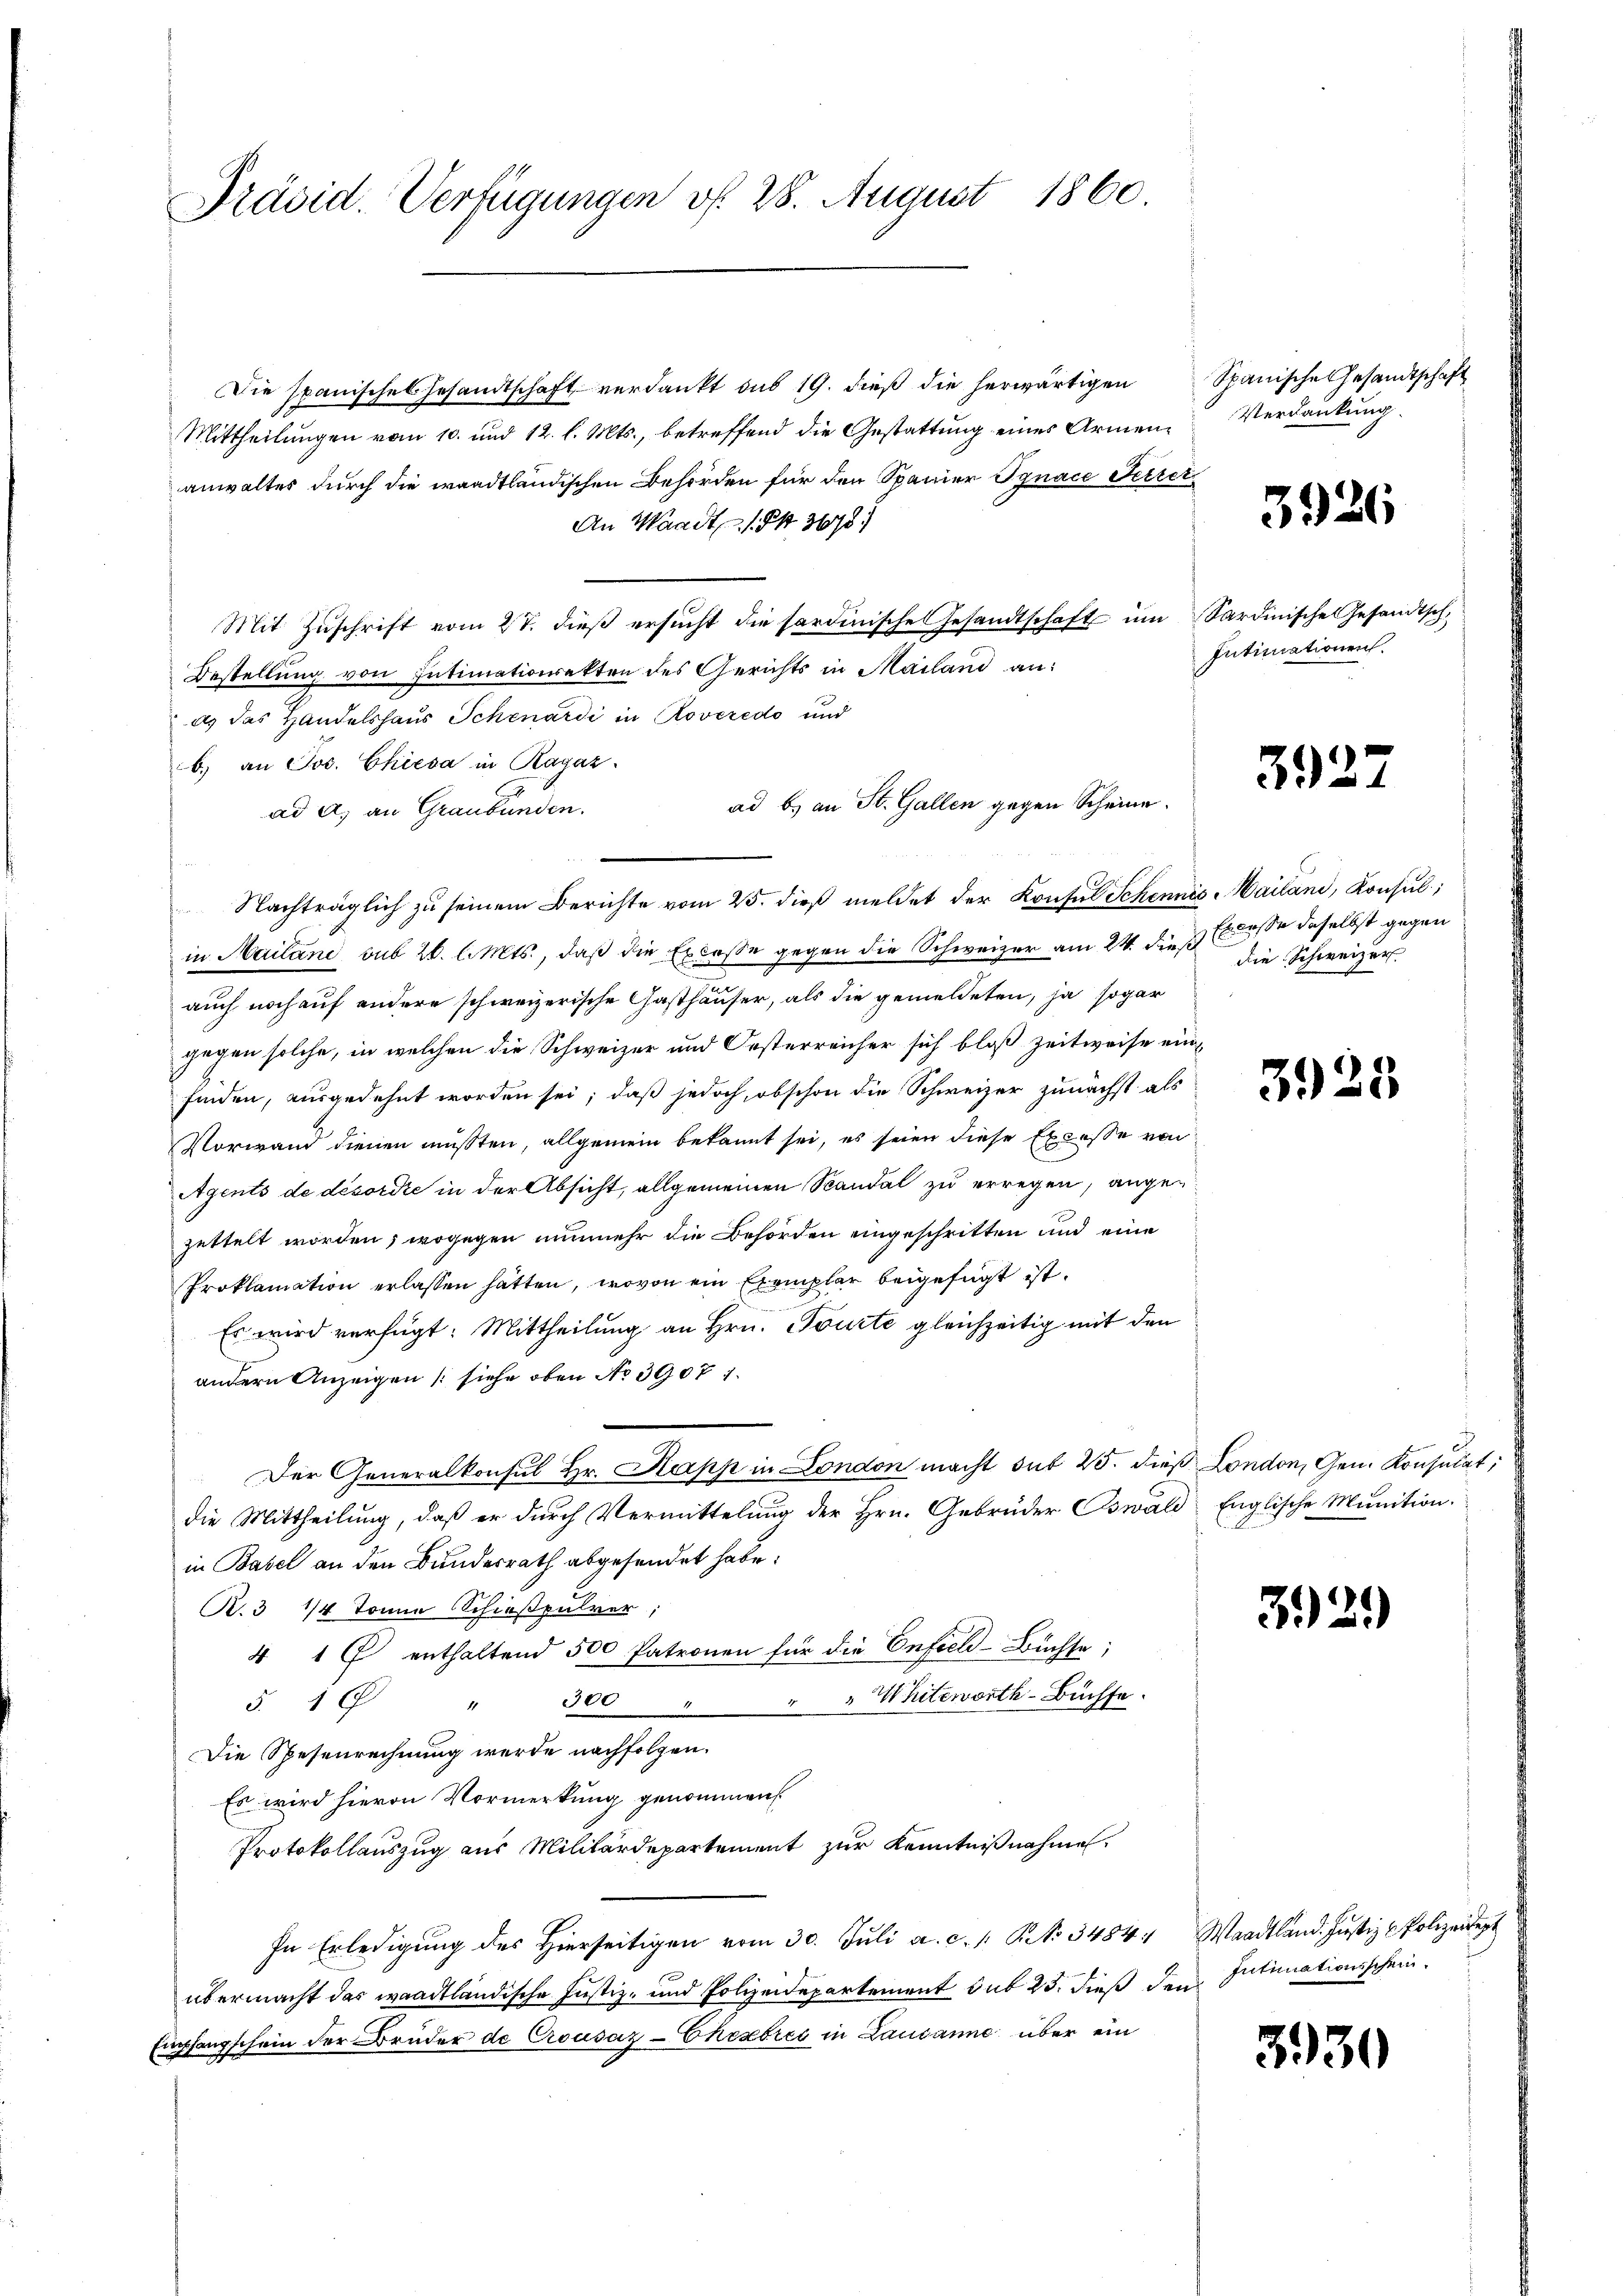
Präsid. Verfügungen vf. 28. August 1860.

Die Spanisches Gesandtschaft verdankt das 19. dieβ die herwärtigen Spanische Gesandtschaft
Mittheilungen vom 10. und 12. l. Mts., betreffend die Gestattung eines Armenanwaltes durch die waadtländischen Behörden für den Spanier Jgnace Ferrei
An Waadt, 1 Pkt. 3678.
Mit Zuschrift vom 27. dieß ersucht die sardinische Gesandtschaft im Sardinisches Gesandtsch
Bestellung von Intimationsakten des Gerichts in Mailand an:
as das Handelshaus Schenardi in Roveredo und
b) an Jos. Chiesa in Ragaz
ad a. an Graubünden.
Nachträglich zu seinem Berichte vom 25. dieβ meldet der Konsul Schennis Mailand, Konsul,
in Mailand, sub 26. l. Mts., daß die Excesse gegen die Schweizer am 24. dies Erlasse daselbst
auch noch auf andere schweizerische Gasthäuser, als die gemeldeten, ja sogar
gegen solche, in welchen die Schweizer und Oesterreicher sich bloß zeitweise einfinden, ausgedehnt worden sei; daß jedoch, obschon die Schweizer zunächst als
Vorwand dienen müßten, allgemein bekannt sei, es seien diese Excesse von
Agents de désordre in der Absicht, allgemeinen Sandal zu erregen, angezettelt worden; wogegen nunmehr die Behörden eingeschritten und eine
Proklamation erlassen hätten, wovon ein Exemplar beigefügt ist.
Es wird verfügt: Mittheilung an Hrn. Tourte gleichzeitig mit den
andern Anzeigen (siehe oben No 3907.
Der Generalkonsul Hr. Kapp in London macht sub 25. dieß London, Gen. Konsulat,
die Mittheilung, daß er durch Vermittelung der Hrn. Gebrüder Oswald Englische Munition.
in Basel an den Bundesrath abgesendet habe.
R.3 1/4 Tonne Schießpulver,
4 1 f enthaltend 500 Patronen für die Enfield-Buchse;
" " Whitworth-Buchse.
5. " " 300
Die Spesenrechnung werde nachfolgen.
Es wird hievon Vormerkung genommen
Protokollauszug aus Militärdepartement zur Kenntnißnahmen.
In Erledigŭng des hierseitigen vom 30. Jŭli a. c. 1. No 3484, Waadtland. Jŭstiz & Polizeident
übermacht das waadtländische Justiz- und Polizeidepartement sub 25. dieß den
Empfangschein der Brüder de Crousaz-Chesebres in Lausanne über ein

ad b.) an St. Gallen gegen Scheine.

Verdankung.

3926

Intimationen.

39.

die Schweizer.

3925

329)

Intimationsschein.

3930